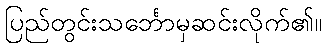
ပြည်တွင်းသင်္ဘောမှဆင်းလိုက်၏။